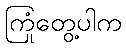
ကြုံတွေ့ပါက